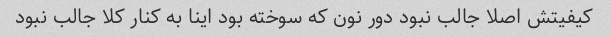
کیفیتش اصلا جالب نبود دور نون که سوخته بود اینا به کنار کلا جالب نبود